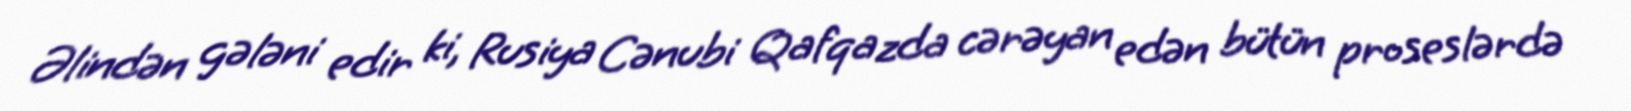
Əlindən gələni edir ki, Rusiya Cənubi Qafqazda cərəyan edən bütün proseslərdə